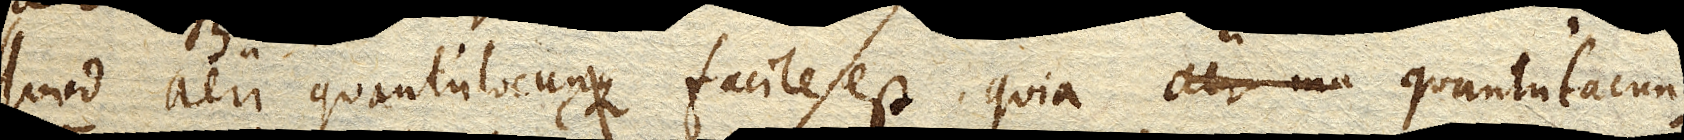
Quod aeri quantulocunque facile est, quia quantulacunque